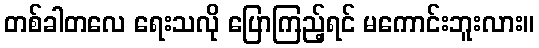
တစ်ခါတလေ ရေးသလို ပြောကြည့်ရင် မကောင်းဘူးလား။